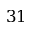
3 1